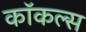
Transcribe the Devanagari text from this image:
कॉकल्स